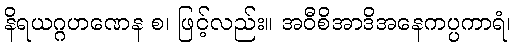
နိရယဂ္ဂဟဏေန စ၊ ဖြင့်လည်း။ အဝီစိအာဒိအနေကပ္ပကာရံ၊